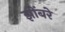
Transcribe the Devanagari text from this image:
झोंबरे